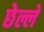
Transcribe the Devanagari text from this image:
छेल्ले